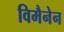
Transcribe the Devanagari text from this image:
विमैनेन